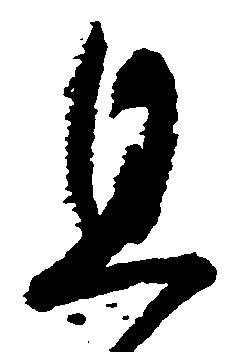
且